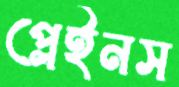
প্লেইনস